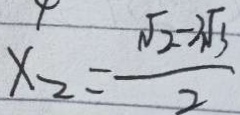
x _ { 2 } = \frac { \sqrt { 2 } - 2 \sqrt { 3 } } { 2 }